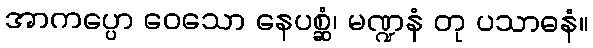
အာကပ္ပော ဝေသော နေပစ္ဆံ၊ မဏ္ဍနံ တု ပသာဓနံ။